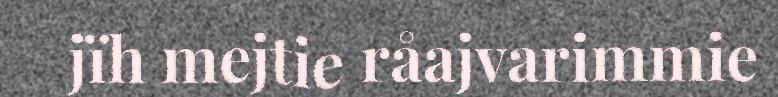
jïh mejtie råajvarimmie